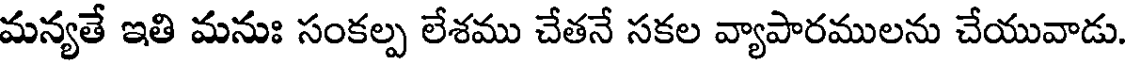
మన్యతే ఇతి మనుః సంకల్ప లేశము చేతనే సకల వ్యాపారములను చేయువాడు